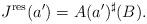
LaTeX: \begin{align*} J^{\mathrm{res}}(a') = A (a')^\sharp(B).\end{align*}